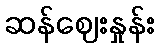
ဆန်ဈေးနှုန်း